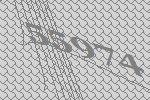
55974